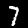
Digit: 7